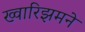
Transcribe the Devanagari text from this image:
ख्वारिझमने